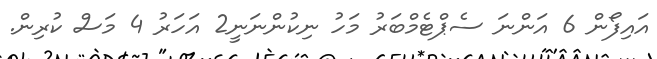
އައިފޯން 6 އަންނަ ސެޕްޓެމްބަރު މަހު ނިކުންނަނީ2 އަހަރު 4 މަސް ކުރިން.